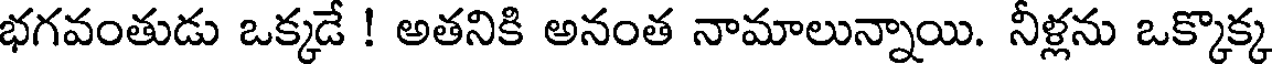
భగవంతుడు ఒక్కడే ! అతనికి అనంత నామాలున్నాయి. నీళ్లను ఒక్కొక్క